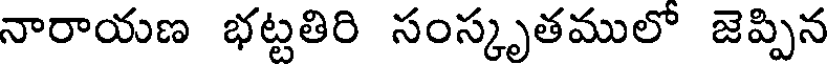
నారాయణ భట్టతిరి సంస్కృతములో జెప్పిన